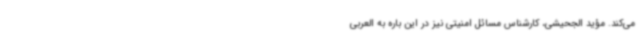
می‌کند. مؤید الجحیشی، کارشناس مسائل امنیتی نیز در این باره به العربی